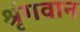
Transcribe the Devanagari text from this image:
श्रृंगवान